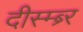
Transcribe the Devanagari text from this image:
दीस्म्ब्र्‍र